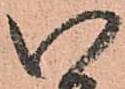
い